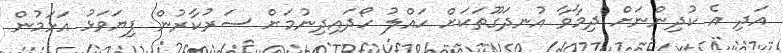
އަދި އެ ކުދިންނަށް ދިމާވާ އުނދަގޫތަކަށް ހައްލު ހޯދައިދިނުމަށް ސަރުކާރުން ފިޔަވަޅު އަޅަމުން